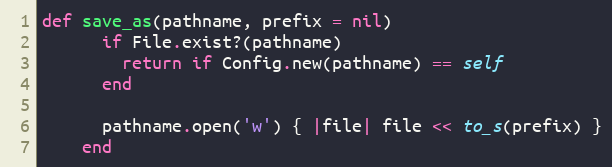
Language: Ruby
def save_as(pathname, prefix = nil)
      if File.exist?(pathname)
        return if Config.new(pathname) == self
      end

      pathname.open('w') { |file| file << to_s(prefix) }
    end